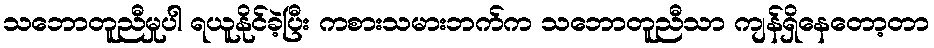
သဘောတူညီမှုပါ ရယူနိုင်ခဲ့ပြီး ကစားသမားဘက်က သဘောတူညီသာ ကျန်ရှိနေတော့တာ